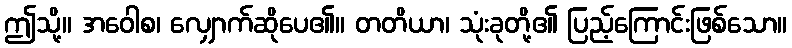
ဤသို့။ အဝေါစ၊ လျှောက်ဆိုပေ၏။ တတိယာ၊ သုံးခုတို့၏ ပြည့်ကြောင်းဖြစ်သော။